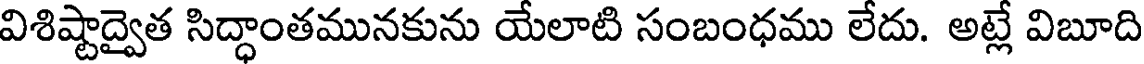
విశిష్టాద్వైత సిద్ధాంతమునకును యేలాటి సంబంధము లేదు. అట్లే విబూది